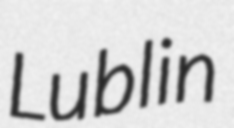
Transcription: Lublin